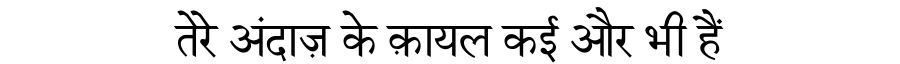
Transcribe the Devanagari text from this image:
तेरे अंदाज़ के क़ायल कई और भी हैं